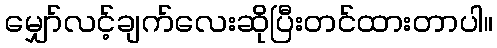
မျှော်လင့်ချက်လေးဆိုပြီးတင်ထားတာပါ။